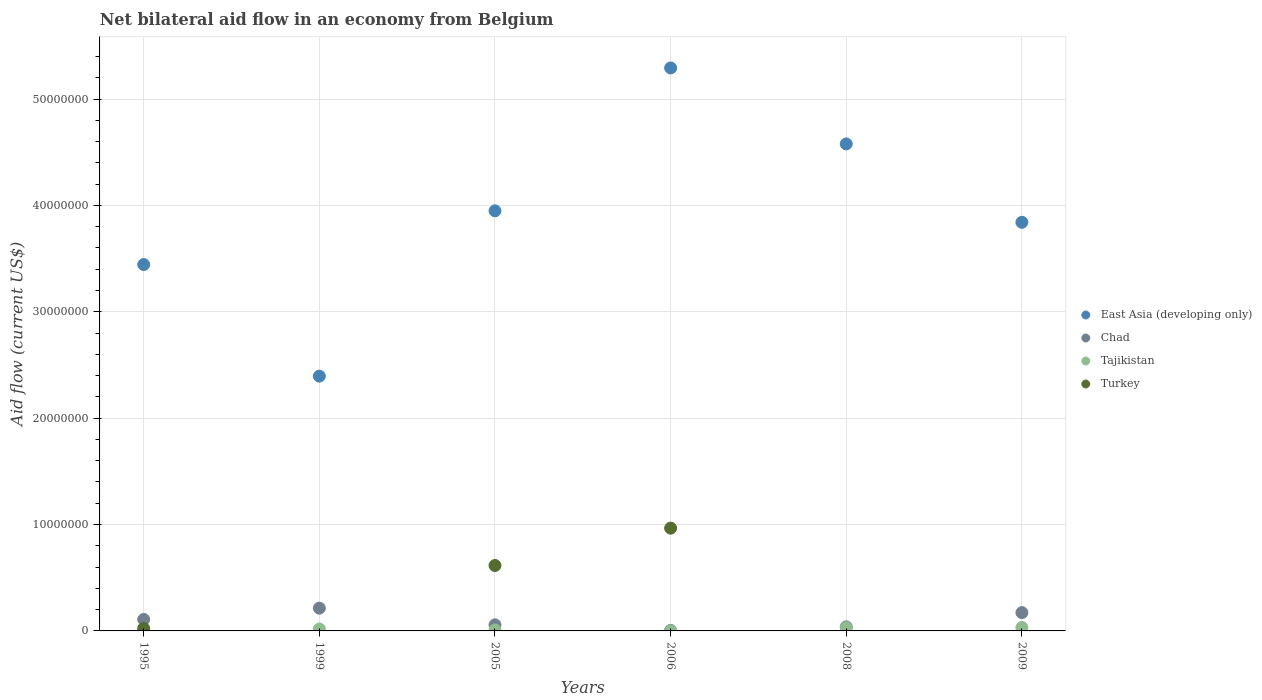
| Years | East Asia (developing only) | Chad | Tajikistan | Turkey |
 | --- | --- | --- | --- | --- |
 | 1995 | 3.44e+07 | 1.08e+06 | 5e+04 | 2.3e+05 |
 | 1999 | 2.4e+07 | 2.14e+06 | 1.8e+05 | -3.76e+06 |
 | 2005 | 3.95e+07 | 5.7e+05 | 9e+04 | 6.15e+06 |
 | 2006 | 5.29e+07 | 5e+04 | 1e+04 | 9.66e+06 |
 | 2008 | 4.58e+07 | 3.8e+05 | 3e+05 | -6.08e+06 |
 | 2009 | 3.84e+07 | 1.72e+06 | 3.2e+05 | -5.78e+06 |